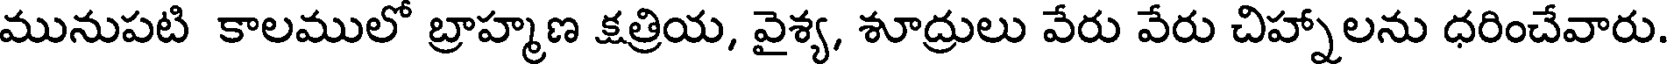
మునుపటి కాలములో బ్రాహ్మణ క్షత్రియ, వైశ్య, శూద్రులు వేరు వేరు చిహ్నాలను ధరించేవారు.